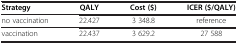
| Strategy | QALY | Cost ($) | ICER ($/QALY) |
 | --- | --- | --- | --- |
 | no vaccination | 22.427 | 3 348.8 | reference |
 | vaccination | 22.437 | 3 629.2 | 27 588 |